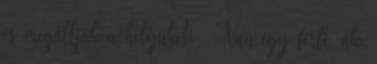
és megállják a helyüket. – Van egy férfi, aki